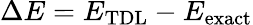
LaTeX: \Delta E=E_{\mathrm{TDL}}-E_{\mathrm{exact}}